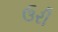
ઉરી